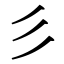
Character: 彡